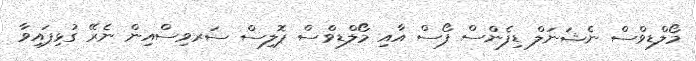
މޯލްޑިވްސް ނެޝަނަލް ޑިފެންސް ފޯސް އާއި މޯލްޑިވްސް ޕޮލިސް ސަރވިސްއިން ނެރޭ ގުޅިފައިވާ